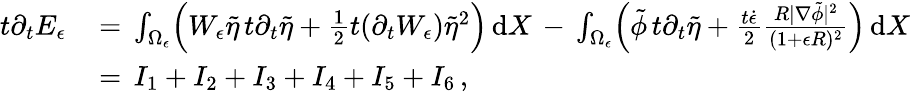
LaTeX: \begin{array}{rl}{t\partial_{t}E_{\epsilon}\, }&{=\, \int_{\Omega_{\epsilon}}\Bigl(W_{\epsilon}\tilde{\eta}\, t\partial_{t}\tilde{\eta}+\frac 12t(\partial_{t}W_{\epsilon})\tilde{\eta}^{2}\Bigr)\, \mathrm{d}X\, -\, \int_{\Omega_{\epsilon}}\Bigl(\tilde{\phi}\, t\partial_{t}\tilde{\eta}+\frac{t\dot{\epsilon}}{2}\frac{R|\nabla\tilde{\phi}|^{2}}{(1+\epsilon R)^{2}}\Bigr)\, \mathrm{d}X}\\ {\, }&{=\, I_{1}+I_{2}+I_{3}+I_{4}+I_{5}+I_{6}\, ,}\end{array}